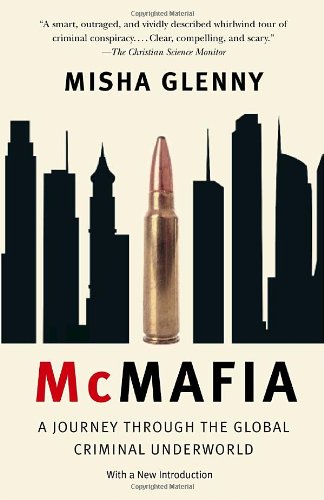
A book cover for McMafia: A Journey Through the Global Criminal Underworld; Misha Glenny; Biographies & Memoirs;